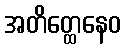
အတိတ္ထေနေဝ